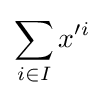
\sum _{i\in I}x'^{i}